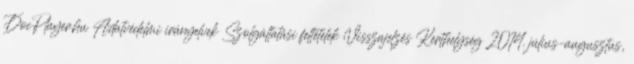
DocPlayer.hu Adatvédelmi irányelvek Szolgáltatási feltételek Visszajelzés Kerthelység 2014. július–augusztus,